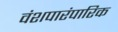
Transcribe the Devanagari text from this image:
वंशपारंपारिक